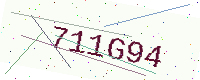
Text: 711G94